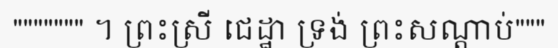
""""""" ។ ព្រះស្រី ជេដ្ឋា ទ្រង់ ព្រះសណ្តាប់"""